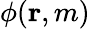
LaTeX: \phi({\mathbf{r}},m)